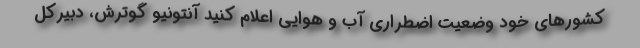
کشورهای خود وضعیت اضطراری آب و هوایی اعلام کنید آنتونیو گوترش، دبیرکل